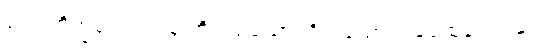
၅၁။ ဘိက္ခဝေ၊ ရဟန်းတို့။ သညောဂဝိသညောဂံ၊ မေထုန်ကျင့်နှင့်